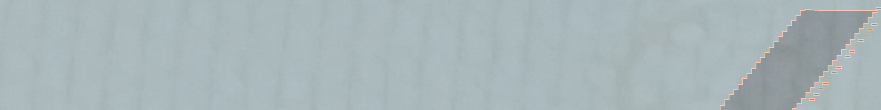
مطعم بيتزا الخبر يقدم لكم